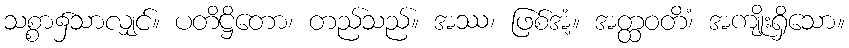
သစ္စာ၌သာလျှင်။ ပတိဋ္ဌိတော၊ တည်သည်။ အဿ၊ ဖြစ်အံ့။ အတ္ထဝတိံ၊ အကျိုးရှိသော။